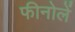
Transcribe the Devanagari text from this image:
फीनोलें